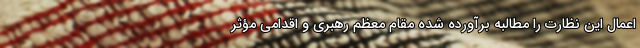
اعمال این نظارت را مطالبه برآورده شده مقام معظم رهبری و اقدامی مؤثر